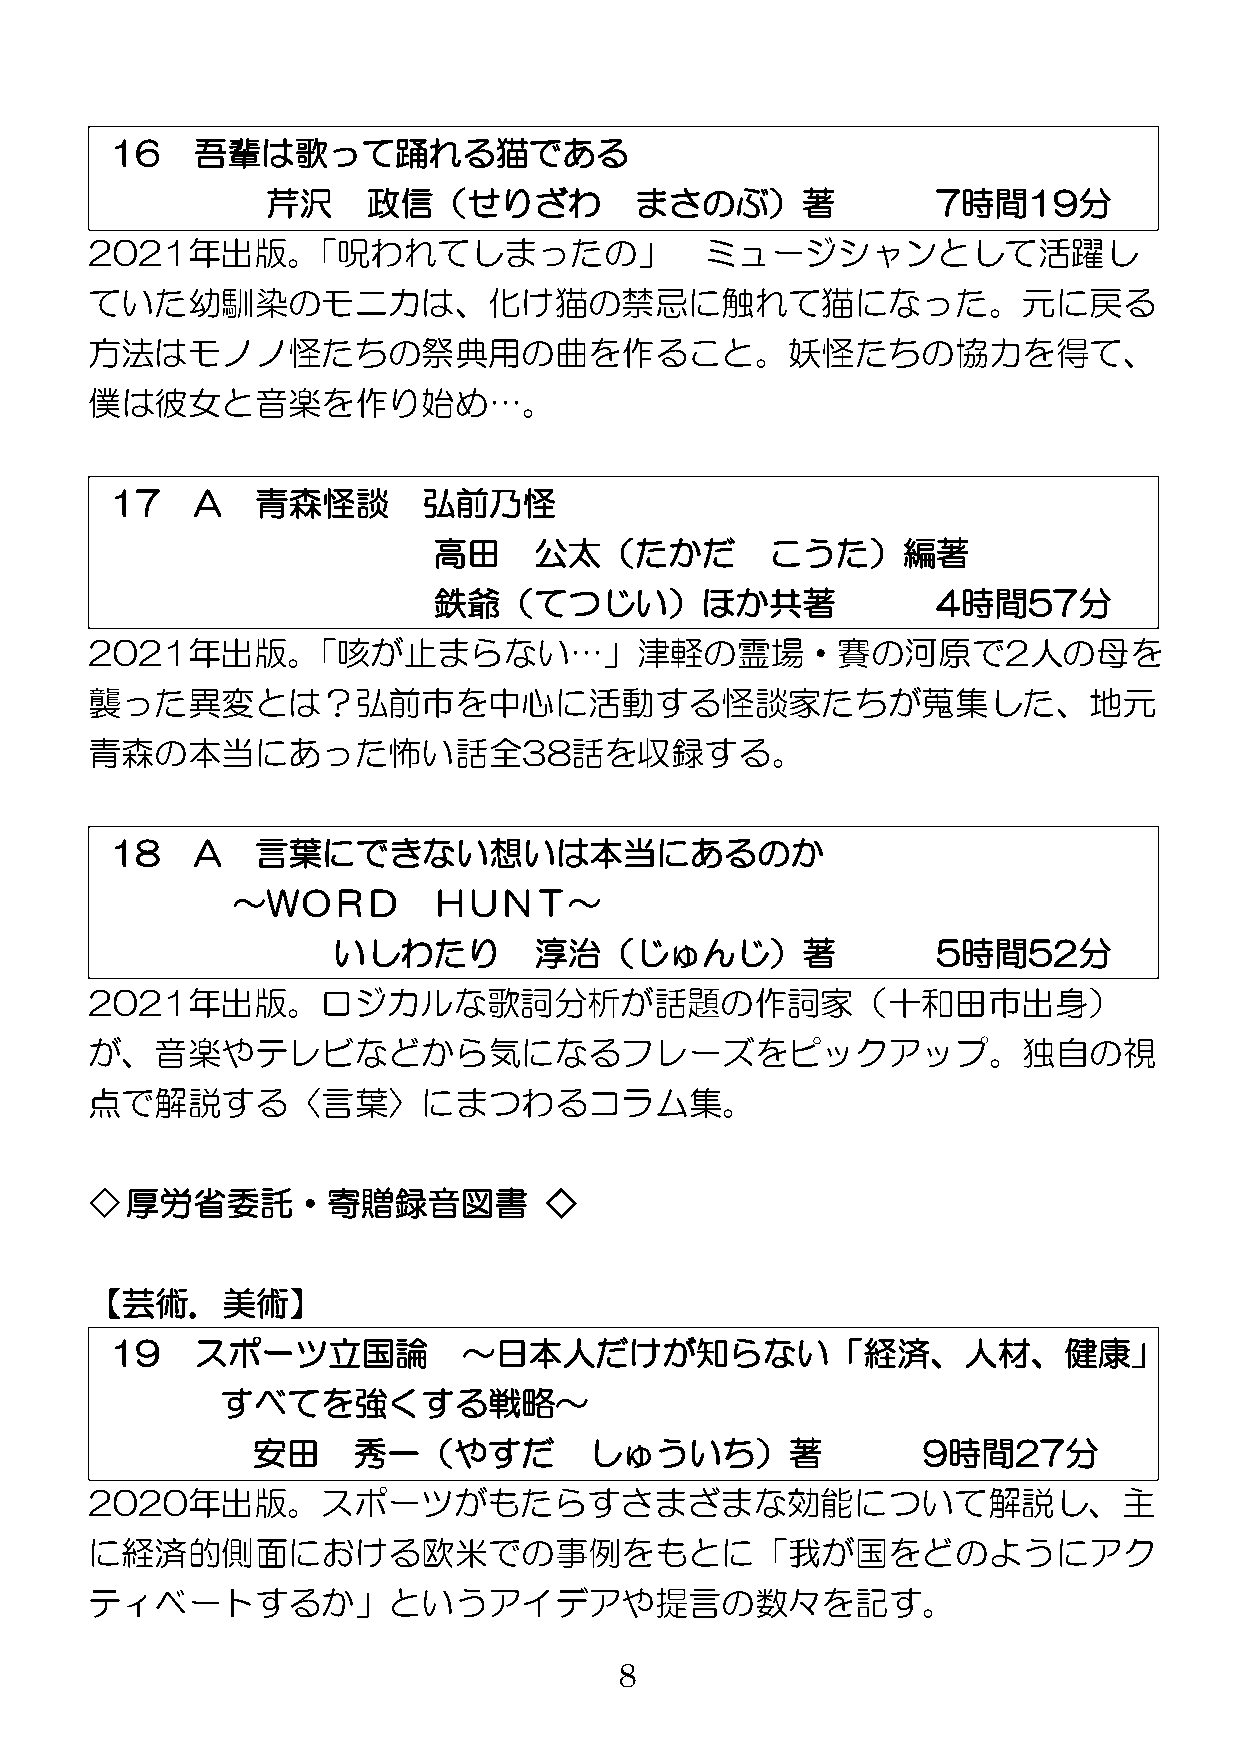
16    吾輩は歌って踊れる猫である
 芹沢    政信（せりざわ           まさのぶ）著              7時間19分
 2021年出版。「呪われてしまったの」                      ミュージシャンとして活躍し
 ていた幼馴染のモニカは、化け猫の禁忌に触れて猫になった。元に戻る
 方法はモノノ怪たちの祭典用の曲を作ること。妖怪たちの協力を得て、
 僕は彼女と音楽を作り始め…。
 17    A   青森怪談       弘前乃怪
 高田    公太（たかだ          こうた）編著
 鉄爺（てつじい）ほか共著                     4時間57分
 2021年出版。「咳が止まらない…」津軽の霊場・賽の河原で2人の母を
 襲った異変とは？弘前市を中心に活動する怪談家たちが蒐集した、地元
 青森の本当にあった怖い話全38話を収録する。
 18    A   言葉にできない想いは本当にあるのか
 ～ＷＯＲＤ         ＨＵＮＴ～
 いしわたり        淳治（じゅんじ）著                  5時間52分
 2021年出版。ロジカルな歌詞分析が話題の作詞家（十和田市出身）
 が、音楽やテレビなどから気になるフレーズをピックアップ。独自の視
 点で解説する〈言葉〉にまつわるコラム集。
 ◇厚労省委託・寄贈録音図書                 ◇
 【芸術．美術】
 19    スポーツ立国論           ～日本人だけが知らない「経済、人材、健康」
 すべてを強くする戦略～
 安田    秀一（やすだ          しゅういち）著               9時間27分
 2020年出版。スポーツがもたらすさまざまな効能について解説し、主
 に経済的側面における欧米での事例をもとに「我が国をどのようにアク
 ティベートするか」というアイデアや提言の数々を記す。
 8